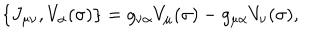
LaTeX: \{ J _ { \mu \nu } , V _ { \alpha } ( \sigma ) \} = g _ { \nu \alpha } V _ { \mu } ( \sigma ) - g _ { \mu \alpha } V _ { \nu } ( \sigma ) ,